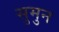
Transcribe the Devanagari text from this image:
सुमुन